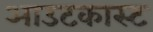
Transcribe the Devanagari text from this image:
आउटकास्ट